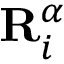
\mathbf { R } _ { i } ^ { \alpha }